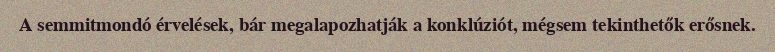
A semmitmondó érvelések, bár megalapozhatják a konklúziót, mégsem tekinthetők erősnek.